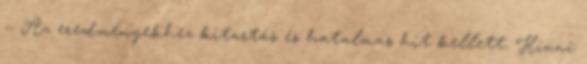
— Az eredményekhez kitartás és hatalmas hit kellett. Hinni